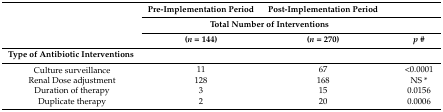
| <ROWSPAN=3>  | Pre-Implementation Period | Post-Implementation Period |  |
 | <COLSPAN=2> Total Number of Interventions |
 | (n = 144) | (n = 270) | p # |
 | --- | --- | --- | --- |
 | Type of Antibiotic Interventions | <COLSPAN=3>  |
 | Culture surveillance | 11 | 67 | <0.0001 |
 | Renal Dose adjustment | 128 | 168 | NS * |
 | Duration of therapy | 3 | 15 | 0.0156 |
 | Duplicate therapy | 2 | 20 | 0.0006 |